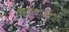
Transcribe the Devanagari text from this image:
कान्हाड़देव